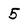
Character: 5